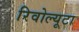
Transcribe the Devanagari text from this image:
रिवोल्यूटा